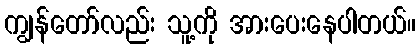
ကျွန်တော်လည်း သူ့ကို အားပေးနေပါတယ်။